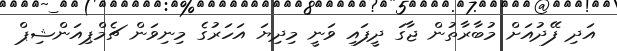
އަދި ފޭދުއަށް މުބާރާތުން ޖާގަ ދީފައި ވަނީ މިދިޔަ އަހަރުގެ މިނިވަން ޗެމްޕިއަންޝިޕް